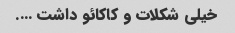
خیلی شکلات و کاکائو داشت ….